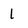
Character: 1